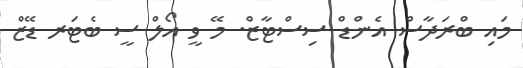
މައި ބްރަދާސް އެންޑް ސިސްޓާޒް. މޭ ވީ އޯލް ސީ ބެޓަރ ޑޭޒް